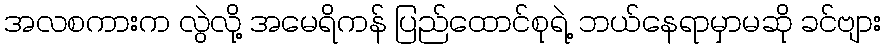
အလစကားက လွဲလို့ အမေရိကန် ပြည်ထောင်စုရဲ့ ဘယ်နေရာမှာမဆို ခင်ဗျား